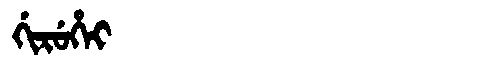
Manchu: ᡤᡳᡵᡠᡥᡝᡳ
Romanization: GIRUHEI